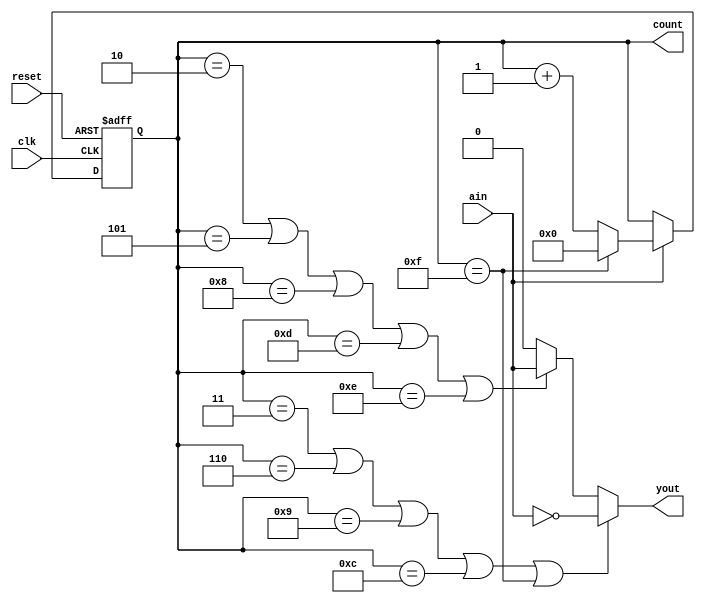
`timescale 1ns / 1ps
//////////////////////////////////////////////////////////////////////////////////
// Company: 
// Engineer: 
// 
// Design Name: 
// Module Name: mealy
// Project Name: 
// Target Devices: 
// Tool Versions: 
// Description: 
// 
// Dependencies: 
// 
// Revision:
// Revision 0.01 - File Created
// Additional Comments:
// 
//////////////////////////////////////////////////////////////////////////////////


module mealy(
    input wire clk,
    input wire reset,
    input wire ain,
    output reg yout,
    output reg [3:0] count = 4'b1111
    );

// count register
reg [3:0] next_count;
// let's count some ones
always @(posedge clk, posedge reset) begin
    if (reset) count <= 0;
    else count <= next_count;
end

// compute the next value of count
always @( count, ain ) begin
    if ( ain ) begin
        if ( count == 15 ) next_count = 0;
        else next_count = count + 1;
    end
    else begin // ~ain
        next_count = count;
    end
end

// compute the value of yout
always @(count, ain) begin
    // current count is divisible by 3; input makes it not
    if ( count == 3 | count == 6 | count == 9 | count == 12 | count == 15 ) begin
        yout = ~ain;
    end
    // for (n+1)%3=0; adding a one makes it divisible by 3
    else if ( count == 2 | count == 5 | count == 8 | count == 13 | count == 14 ) begin
        yout = ain;
    end
    // for 0, 1, 4, ... it doesn't matter; the input isn't enough for %3=0
    else begin
        yout = 0;
    end
end

endmodule